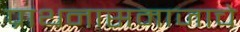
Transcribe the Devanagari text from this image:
प्राथनासमाजाचे